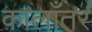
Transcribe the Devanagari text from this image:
कालाँतर